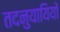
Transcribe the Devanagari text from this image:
तदनुयायियों